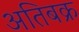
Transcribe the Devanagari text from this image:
अतिबक्र